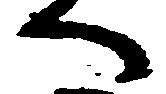
へ